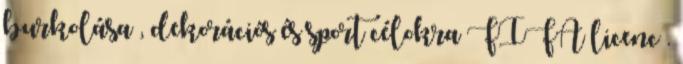
burkolása , dekorációs és sport célokra FIFA licenc .